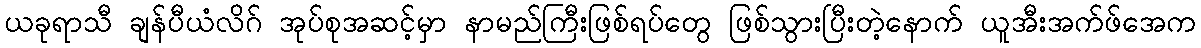
ယခုရာသီ ချန်ပီယံလိဂ် အုပ်စုအဆင့်မှာ နာမည်ကြီးဖြစ်ရပ်တွေ ဖြစ်သွားပြီးတဲ့နောက် ယူအီးအက်ဖ်အေက